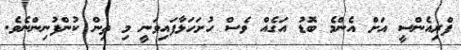
ފްރިއެންސީ އަށް އެންމެ ބޮޑު އަގެއް ވެސް ހުށަހަޅާފައިވަނީ މި ތިން ކުންފުނިންނެވެ.